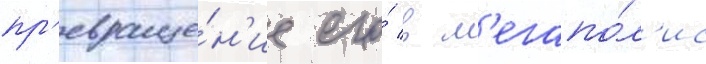
пр'евраще́н'ие его́ в м'егапо́л'ис